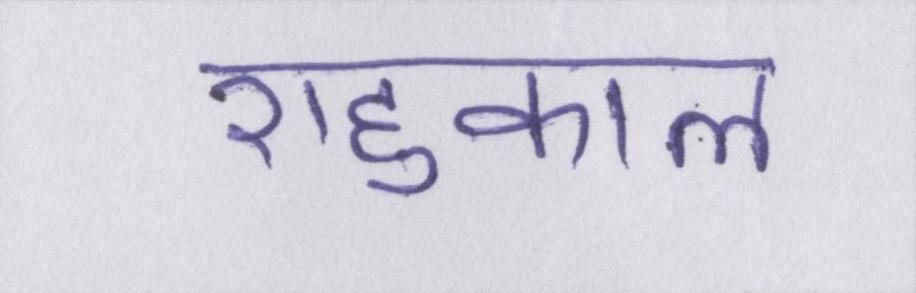
राहुकाल